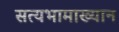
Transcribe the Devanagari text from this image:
सत्यभामाख्यान